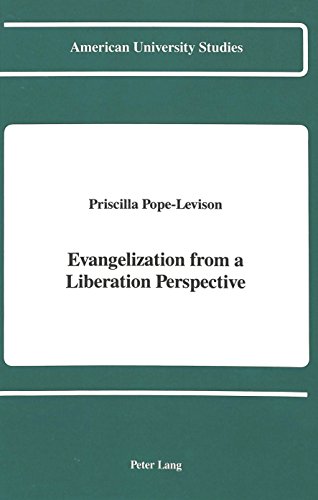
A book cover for Evangelization from a Liberation Perspective (American University Studies. Series VII. Theology and Religion); Priscilla Pope-Levison; Christian Books & Bibles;